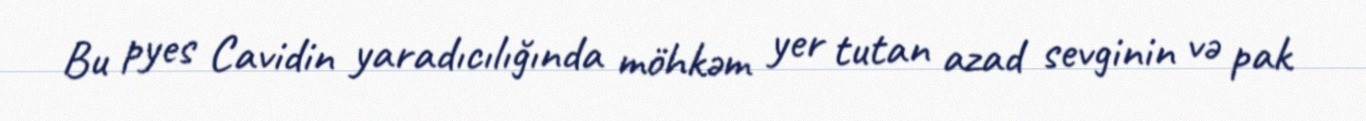
Bu pyes Cavidin yaradıcılığında möhkəm yer tutan azad sevginin və pak